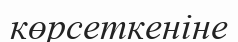
көрсеткеніне